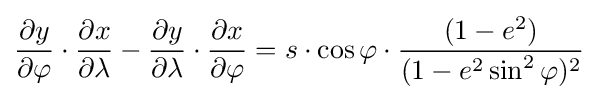
{\frac {\partial y}{\partial \varphi }}\cdot {\frac {\partial x}{\partial \lambda }}-{\frac {\partial y}{\partial \lambda }}\cdot {\frac {\partial x}{\partial \varphi }}=s\cdot \cos \varphi \cdot {\frac {(1-e^{2})}{(1-e^{2}\sin ^{2}\varphi )^{2}}}